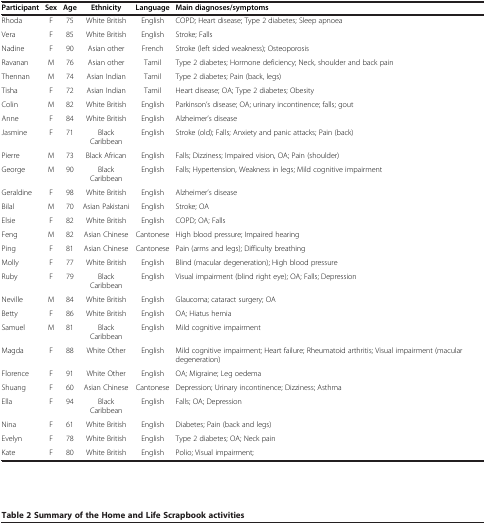
| Participant | Sex | Age | Ethnicity | Language | Main diagnoses/symptoms |
 | --- | --- | --- | --- | --- | --- |
 | Rhoda | F | 75 | White British | English | COPD; Heart disease; Type 2 diabetes; Sleep apnoea |
 | Vera | F | 85 | White British | English | Stroke; Falls |
 | Nadine | F | 90 | Asian other | French | Stroke (left sided weakness); Osteoporosis |
 | Ravanan | M | 76 | Asian other | Tamil | Type 2 diabetes; Hormone deficiency; Neck, shoulder and back pain |
 | Thennan | M | 74 | Asian Indian | Tamil | Type 2 diabetes; Pain (back, legs) |
 | Tisha | F | 72 | Asian Indian | Tamil | Heart disease; OA; Type 2 diabetes; Obesity |
 | Colin | M | 82 | White British | English | Parkinson’s disease; OA; urinary incontinence; falls; gout |
 | Anne | F | 84 | White British | English | Alzheimer’s disease |
 | Jasmine | F | 71 | Black Caribbean | English | Stroke (old); Falls; Anxiety and panic attacks; Pain (back) |
 | Pierre | M | 73 | Black African | English | Falls; Dizziness; Impaired vision, OA; Pain (shoulder) |
 | George | M | 90 | Black Caribbean | English | Falls; Hypertension, Weakness in legs; Mild cognitive impairment |
 | Geraldine | F | 98 | White British | English | Alzheimer’s disease |
 | Bilal | M | 70 | Asian Pakistani | English | Stroke; OA |
 | Elsie | F | 82 | White British | English | COPD; OA; Falls |
 | Feng | M | 82 | Asian Chinese | Cantonese | High blood pressure; Impaired hearing |
 | Ping | F | 81 | Asian Chinese | Cantonese | Pain (arms and legs); Difficulty breathing |
 | Molly | F | 77 | White British | English | Blind (macular degeneration); High blood pressure |
 | Ruby | F | 79 | Black Caribbean | English | Visual impairment (blind right eye); OA; Falls; Depression |
 | Neville | M | 84 | White British | English | Glaucoma; cataract surgery; OA |
 | Betty | F | 86 | White British | English | OA; Hiatus hernia |
 | Samuel | M | 81 | Black Caribbean | English | Mild cognitive impairment |
 | Magda | F | 88 | White Other | English | Mild cognitive impairment; Heart failure; Rheumatoid arthritis; Visual impairment (macular degeneration) |
 | Florence | F | 91 | White Other | English | OA; Migraine; Leg oedema |
 | Shuang | F | 60 | Asian Chinese | Cantonese | Depression; Urinary incontinence; Dizziness; Asthma |
 | Ella | F | 94 | Black Caribbean | English | Falls; OA; Depression |
 | Nina | F | 61 | White British | English | Diabetes; Pain (back and legs) |
 | Evelyn | F | 78 | White British | English | Type 2 diabetes; OA; Neck pain |
 | Kate | F | 80 | White British | English | Polio; Visual impairment; |